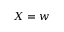
X = w